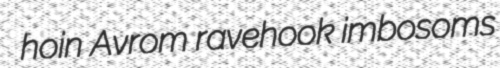
hoin Avrom ravehook imbosoms